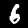
Digit: 6